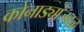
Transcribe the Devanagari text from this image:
कोनाड्यांजवळ